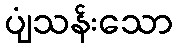
ပျံသန်းသော